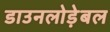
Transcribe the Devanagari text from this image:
डाउनलोड़ेबल